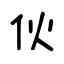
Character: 伙